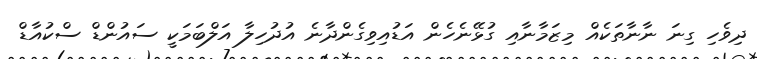
ދިވެހި ގިނަ ނާނާތަކެއް މިޒަމާނާއި ގުޅޭނެހެން އަޑުއިވިގެންދާނެ އުދުހިލާ އަލްބަމަކީ ސައުންޑް ސްކުއާޑް